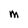
Character: M